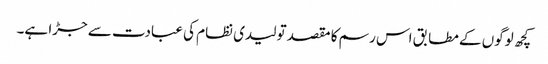
کچھ لوگوں کے مطابق اس رسم کا مقصد تولیدی نظام کی عبادت سے جڑا ہے۔